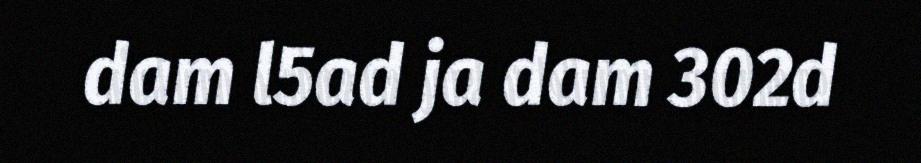
dam l5ad ja dam 302d